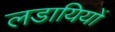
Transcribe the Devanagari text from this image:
लडायियों